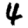
Digit: 4